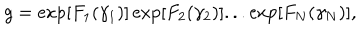
LaTeX: g = \exp [ F _ { 1 } ( \gamma _ { 1 } ) ] \exp [ F _ { 2 } ( \gamma _ { 2 } ) ] . . . \exp [ F _ { N } ( \gamma _ { N } ) ] ,